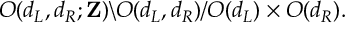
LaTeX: O ( d _ { L } , d _ { R } ; { \bf Z } ) \backslash O ( d _ { L } , d _ { R } ) / O ( d _ { L } ) \times O ( d _ { R } ) .